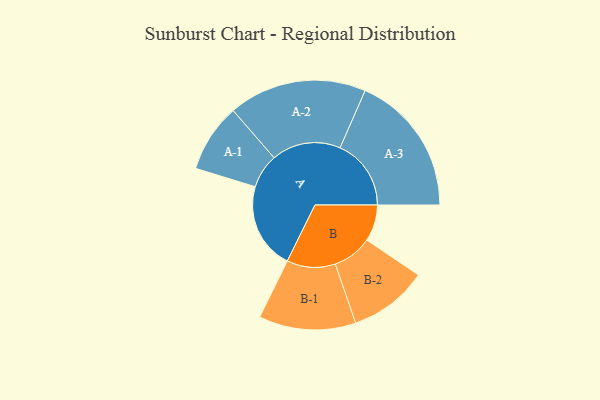
{"axis": {"x": "Segment", "y": "Value"}, "legend": ["", "A", "B"], "data": [{"x": "A", "y": 315, "type": ""}, {"x": "B", "y": 133, "type": ""}, {"x": "A-1", "y": 125, "type": "A"}, {"x": "A-2", "y": 252, "type": "A"}, {"x": "A-3", "y": 259, "type": "A"}, {"x": "B-1", "y": 177, "type": "B"}, {"x": "B-2", "y": 144, "type": "B"}]}